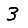
Digit: 3